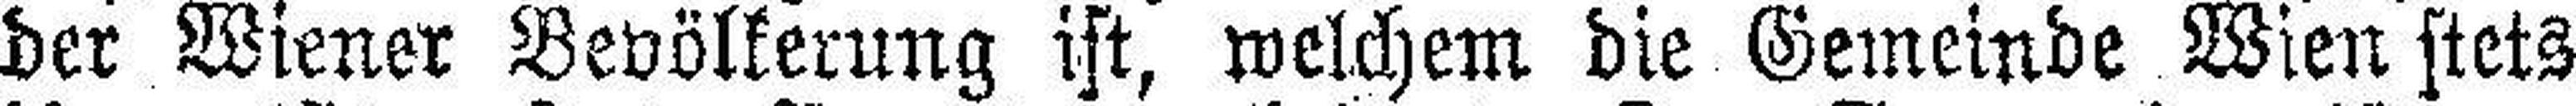
der Wiener Bevölkerung ist, welchem die Gemeinde Wien stets